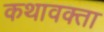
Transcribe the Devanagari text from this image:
कथावक्ता